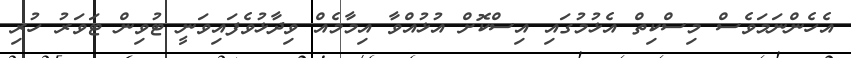
އެހެންނަމަވެސް މިސްކިތް އެޅުމުގައި އިސްކޮށް އުޅުއްވާ އިމާމެއް ވިދާޅުވެފައިވަނީ ޓުވިން ޓަވަރު ހުރި